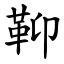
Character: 䩕